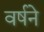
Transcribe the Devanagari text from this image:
वर्षने